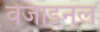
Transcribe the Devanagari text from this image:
वेजाइनल